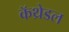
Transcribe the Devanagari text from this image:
कॅथ्रेडल